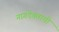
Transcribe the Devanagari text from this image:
नागदेवताची